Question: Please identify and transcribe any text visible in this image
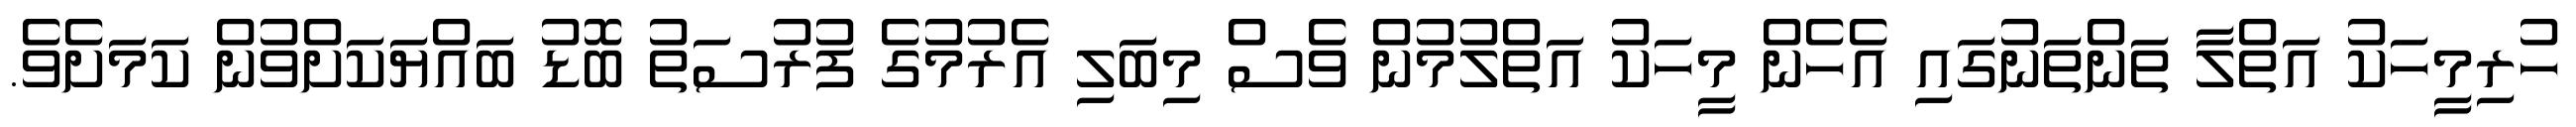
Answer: ހުރިމީހަކު އަތްލާ ތަންތަނުގައި އެހެން މީހަކު އަތްލުމުން ވެސް މިބަލި އެރުމުގެ ފުރުސަތު ބޮޑު ބައްޔަކަށްވުން ކަމަށެވެ.